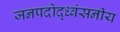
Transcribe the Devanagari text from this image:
जनपदोद्ध्वंसनीय